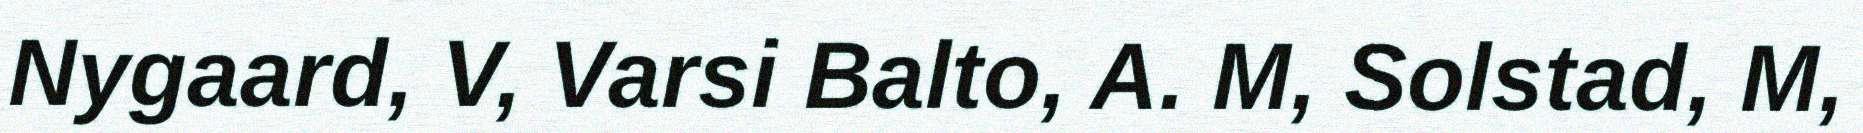
Nygaard, V, Varsi Balto, A. M, Solstad, M,